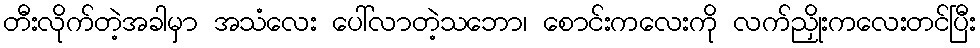
တီးလိုက်တဲ့အခါမှာ အသံလေး ပေါ်လာတဲ့သဘော၊ စောင်းကလေးကို လက်ညှိုးကလေးတင်ပြီး